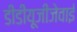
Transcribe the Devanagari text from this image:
डीडीयूजीजेवाई